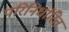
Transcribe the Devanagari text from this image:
परिनिर्धारित